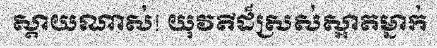
ស្តាយណាស់! យុវតីដ៏ស្រស់ស្អាតម្នាក់